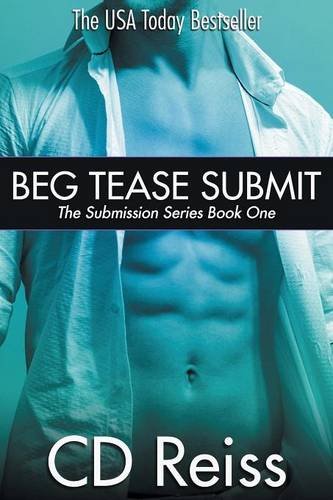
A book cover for Beg Tease Submit - Books 1-3: Submission Series Book One; CD Reiss; Romance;